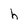
Character: h